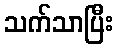
သက်သာပြီး